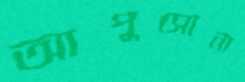
আপুসোনা